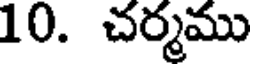
10. చర్మము